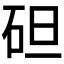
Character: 𥑲